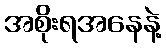
အစိုးရအနေနဲ့